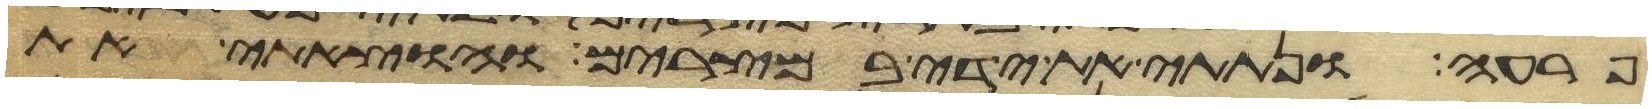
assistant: פרעה ונתתי את ידי במצרים והוצאתי את